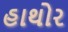
હાથોર